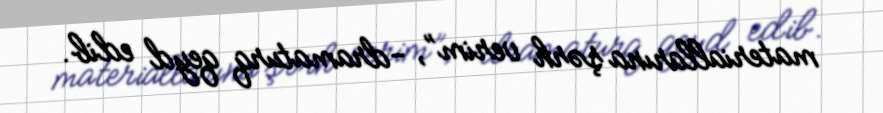
materiallarına şərh verim”, -dramaturq qeyd edib.